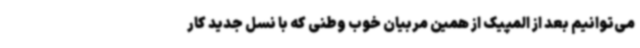
می‌توانیم بعد از المپیک از همین مربیان خوب وطنی که با نسل جدید کار